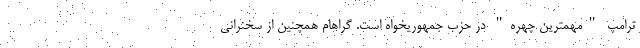
ترامپ "مهمترین چهره" در حزب جمهوریخواه است. گراهام همچنین از سخنرانی